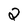
Character: 2